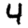
Digit: 4